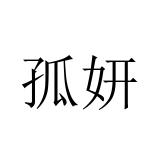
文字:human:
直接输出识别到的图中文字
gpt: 孤妍